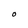
Character: O